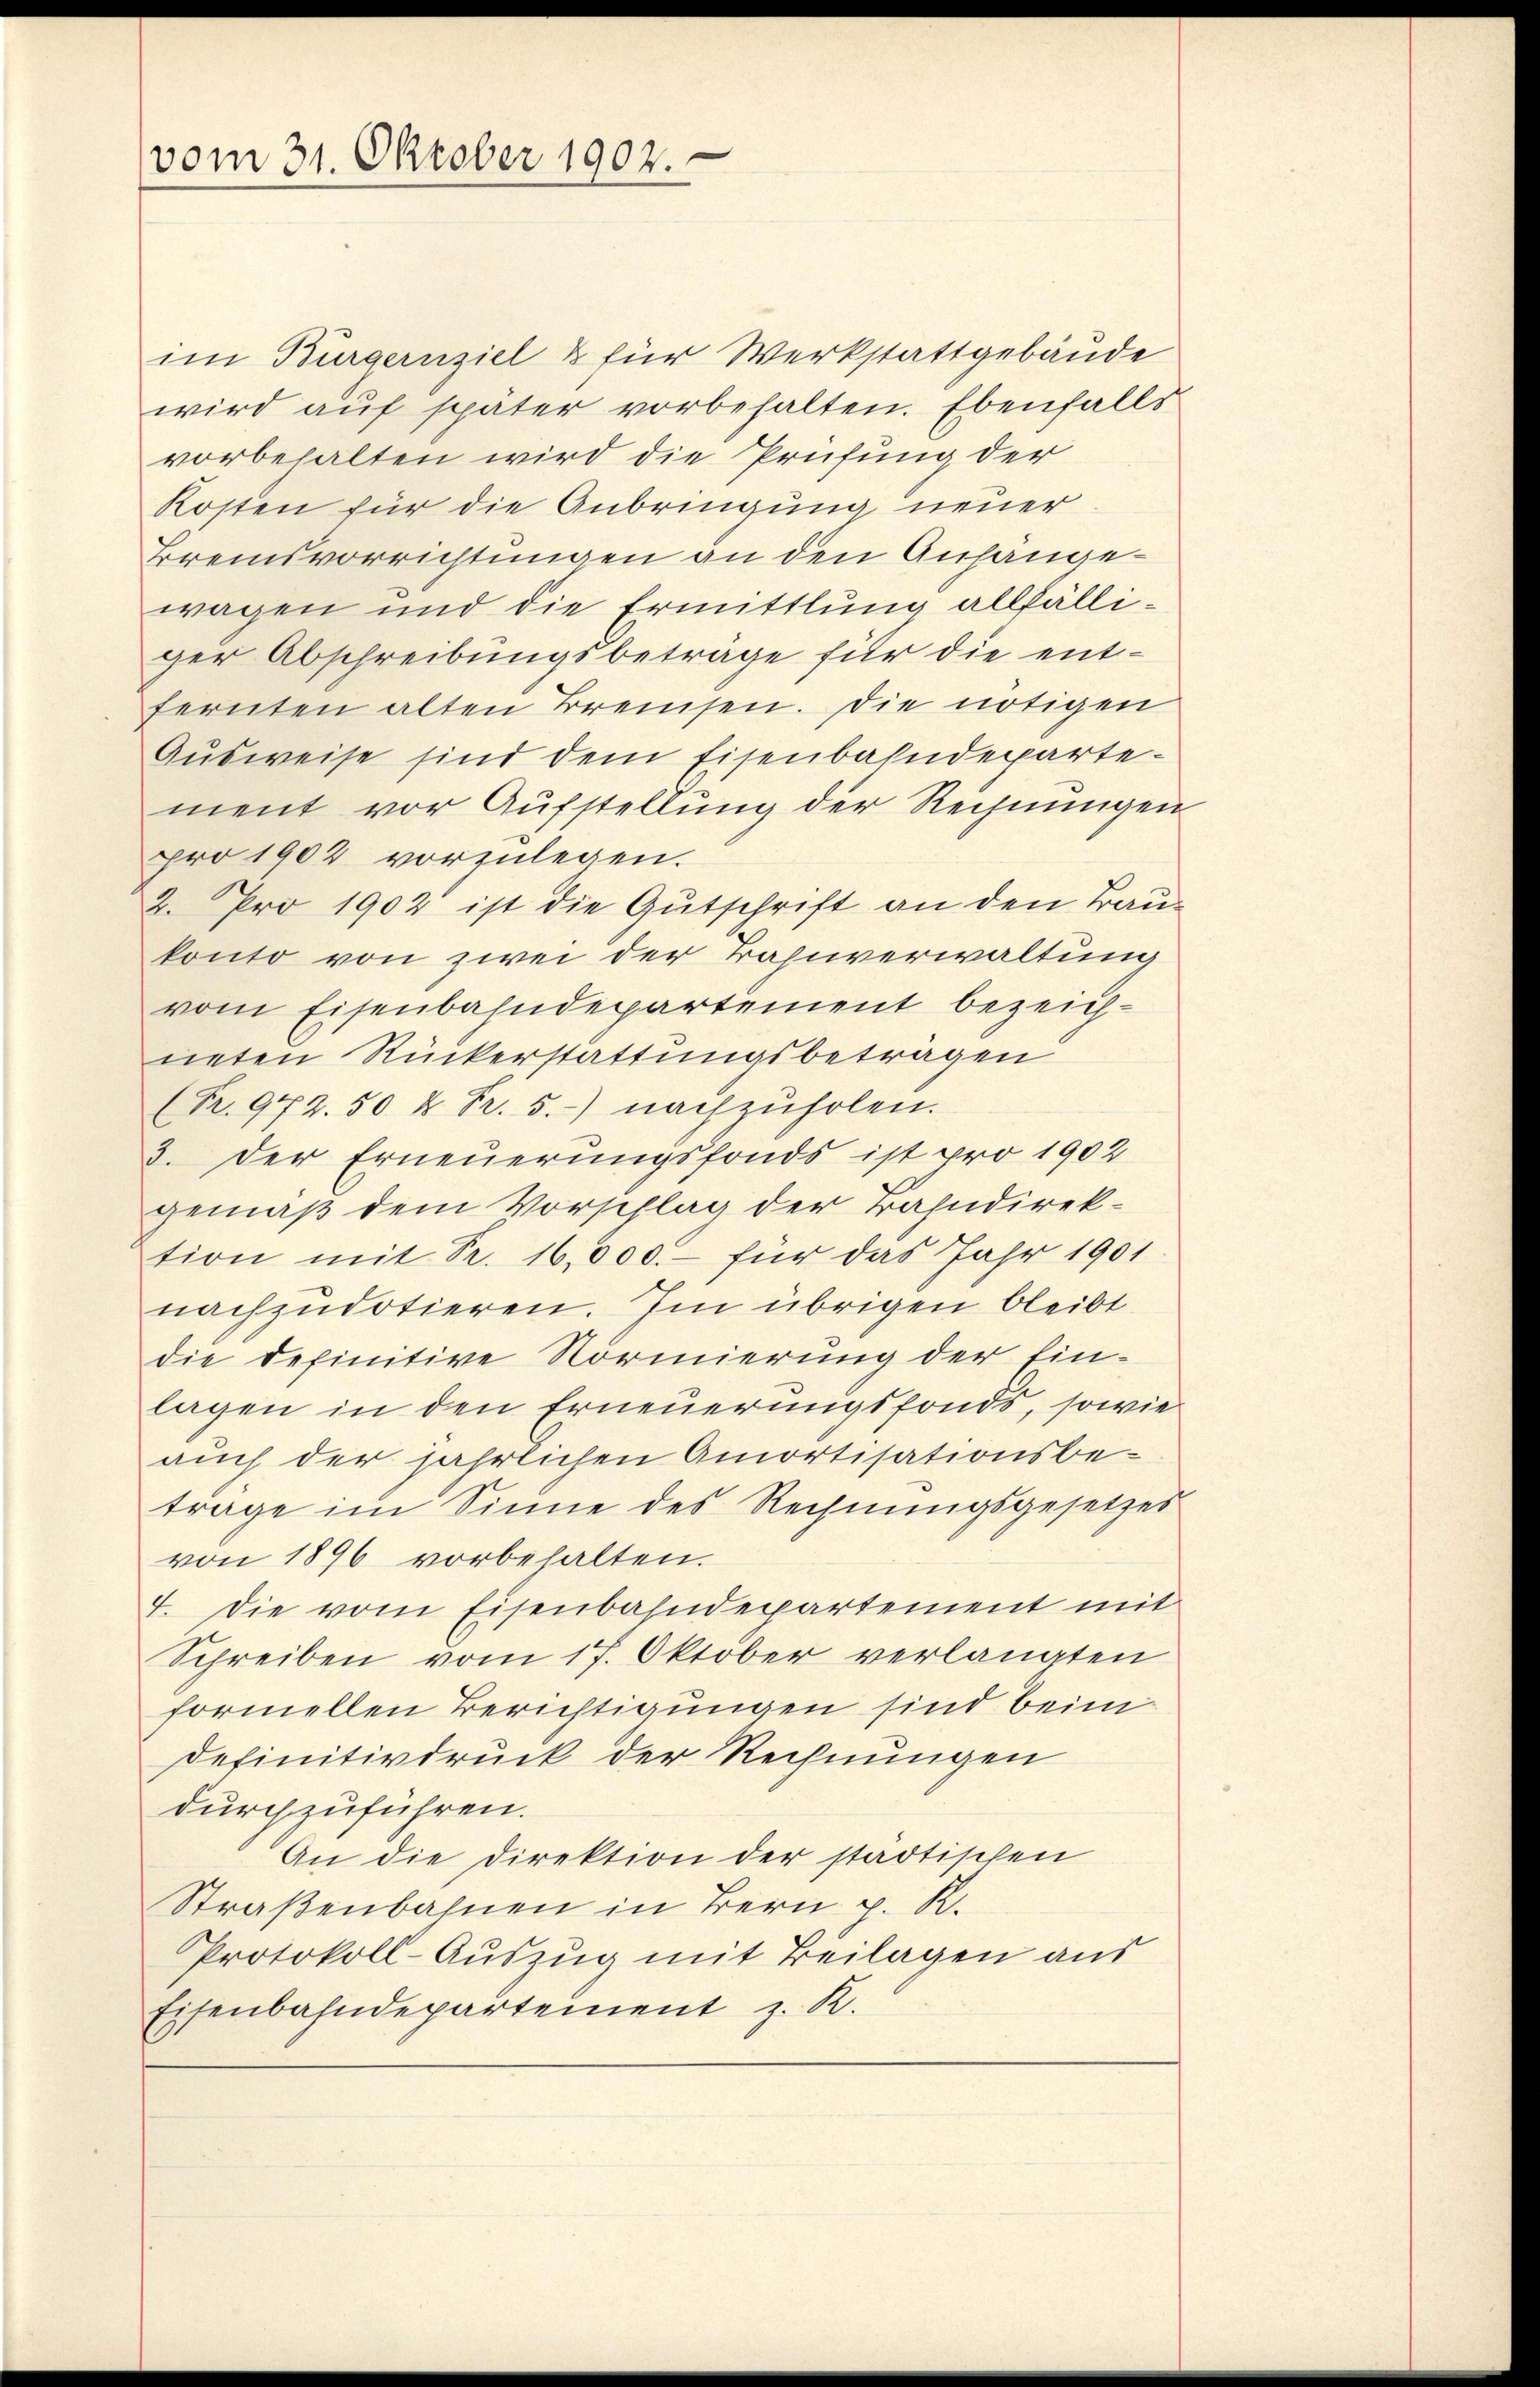
vom 31. Oktober 1902.

im Burgernziel & für Werkstattgebäude
wird auf später vorbehalten. Ebenfalls
vorbehalten wird die Prüfung der
Kosten für die Anbringung neuer
Bremsvorrichtungen an den Anhange
wagen und die Ermittlung allfälliger Abschreibungsbetrage für die entfernten alten Breisen. Die nötigen
Ausweise sind dem Eisenbahndepartement vor Aufstellung der Rechnunge
pro 1902 vorzulegen.
2. Pro 1902 ist die Gutschrift an den Baukonto von zwei der Bahnverwaltung
vom Eisenbahndepartement bezeich-
neten Rückerstattungsbeträgen
(Fr. 942. 50 u. Pr. 5.-) nachzuholen.
3. Der Erneuerungsfonds ist pro 1902
gemäß dem Vorschlag der Bahndirektion mit Pr. 16,000.- für das Jahr 1901
nachzudotieren. Im übrigen bleibt
die definitive Normierung der Einlagen in den Erneuerungsfonds, sowie
auch der jährlichen Amortisationsbe-
trage im Sinne des Rechnŭngsgesetzes
von 1896 vorbehalten.
4. Die vom Eisenbahndepartement mit
Schreiben vom 17. Oktober verlangten
formellen Berichtigungen sind beim
Definitivdruck der Rechnungen
durchzuführen.
An die Direktion der städtischen
Straßenbahnen in Bern p. R.
Protokoll-Auszug mit Beilagen aus
Eisenbahndepartement z. R.

f
i